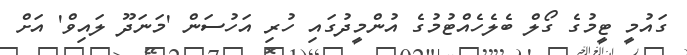
ގައުމީ ޓީމުގެ ގޯލް ބެލެހެއްޓުމުގެ އުންމީދުގައި ހުރި އަހުސަން 'މަނަދޫ ލައިވް' އަށް